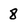
Character: 8